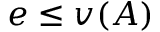
e \leq v ( A )